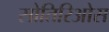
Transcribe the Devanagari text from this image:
सोतिरिओस